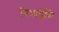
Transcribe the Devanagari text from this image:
त्रिधावृत्ति